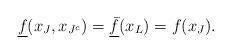
LaTeX: \begin{align*}\underline{f}(x_J,x_{J^c})=\underline{\bar{f}}(x_L)= f(x_J).\end{align*}